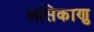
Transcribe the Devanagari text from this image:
लसिकाणु